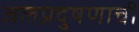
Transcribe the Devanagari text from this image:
जलप्रदुषणाची